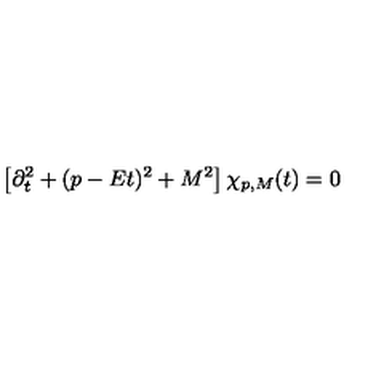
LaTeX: \left[ \partial _ { t } ^ { 2 } + ( p - E t ) ^ { 2 } + M ^ { 2 } \right] \chi _ { p , M } ( t ) = 0